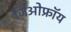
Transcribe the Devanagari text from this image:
जिओफ्रॉय